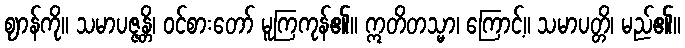
ဈာန်ကို။ သမာပဇ္ဇန္တိ၊ ဝင်စားတော် မူကြကုန်၏။ ဣတိတသ္မာ၊ ကြောင့်။ သမာပတ္တိ၊ မည်၏။